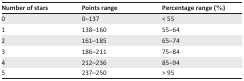
<table><thead><tr><td><b>Number of stars</b></td><td><b>Points range</b></td><td><b>Percentage range (%)</b></td></tr></thead><tbody><tr><td>0</td><td>0–137</td><td>&lt; 55</td></tr><tr><td>1</td><td>138–160</td><td>55–64</td></tr><tr><td>2</td><td>161–185</td><td>65–74</td></tr><tr><td>3</td><td>186–211</td><td>75–84</td></tr><tr><td>4</td><td>212–236</td><td>85–94</td></tr><tr><td>5</td><td>237–250</td><td>&gt; 95</td></tr></tbody></table>